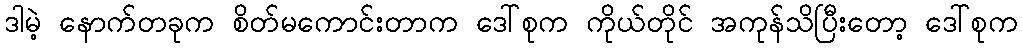
ဒါမဲ့ နောက်တခုက စိတ်မကောင်းတာက ဒေါ်စုက ကိုယ်တိုင် အကုန်သိပြီးတော့ ဒေါ်စုက